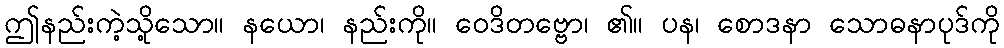
ဤနည်းကဲ့သို့သော။ နယော၊ နည်းကို။ ဝေဒိတဗ္ဗော၊ ၏။ ပန၊ စောဒနာ သောဓနာပုဒ်ကို